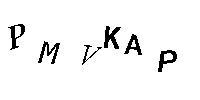
PMVKAP